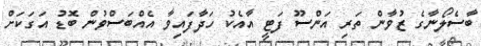
ބާސެލޯނާގެ ޒުވާން ތަރި އަންސޫ ފަޓީ އާއެކު ހަދާފައިވާ އެއްބަސްވުން ބޮޑު އަގަކަށް